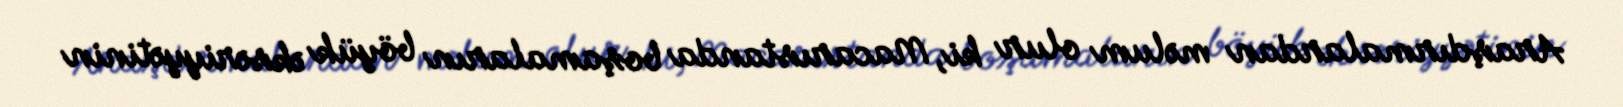
Araşdırmalardan məlum olur ki, Macarıstanda boşamaların böyük əksəriyyətinin